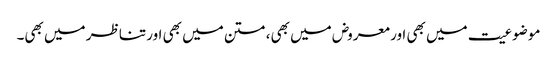
موضوعیت میں بھی اور معروض میں بھی، متن میں بھی اور تناظر میں بھی۔